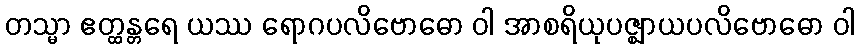
တသ္မာ ဧတ္ထန္တရေ ယဿ ရောဂပလိဗောဓော ဝါ အာစရိယုပဇ္ဈာယပလိဗောဓော ဝါ